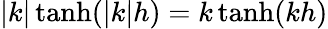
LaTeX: |k|\operatorname{tanh}(|k|h)=k\operatorname{tanh}(kh)